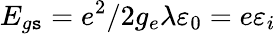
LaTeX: E_{g\mathtt{s}}=e^{2}/2g_{e}\lambda\varepsilon_{0}=e\varepsilon_{i}